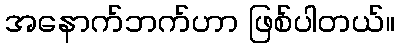
အနောက်ဘက်ဟာ ဖြစ်ပါတယ်။